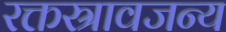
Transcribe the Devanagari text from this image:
रक्तस्रावजन्य